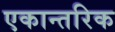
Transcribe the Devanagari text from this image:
एकान्तरिक